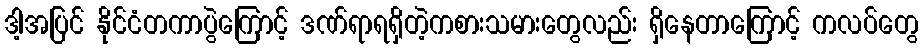
ဒါ့အပြင် နိုင်ငံတကာပွဲကြောင့် ဒဏ်ရာရရှိတဲ့ကစားသမားတွေလည်း ရှိနေတာကြောင့် ကလပ်တွေ